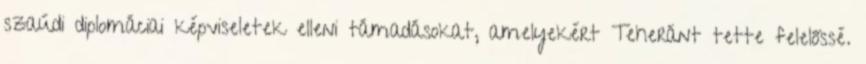
szaúdi diplomáciai képviseletek elleni támadásokat, amelyekért Teheránt tette felelőssé.